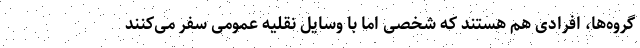
گروه‌ها، افرادی هم هستند که شخصی اما با وسایل نقلیه عمومی سفر می‌کنند